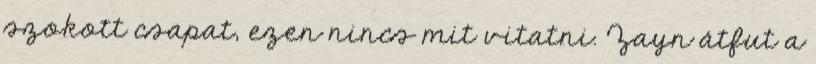
szokott csapat, ezen nincs mit vitatni. Zayn átfut a